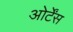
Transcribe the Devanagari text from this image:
ओर्टेंस